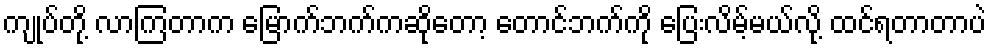
ကျုပ်တို့ လာကြတာက မြောက်ဘက်ကဆိုတော့ တောင်ဘက်ကို ပြေးလိမ့်မယ်လို့ ထင်ရတာတာပဲ